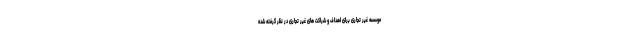
موسسه غیر تجاری برای اهداف و شراکت های غیر تجاری در نظر گرفته شده